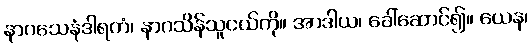
နာဂသေနံဒါရကံ၊ နာဂသိန်သူငယ်ကို။ အာဒါယ၊ ခေါ်ဆောင်၍။ ယေန၊